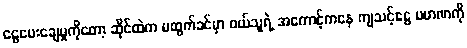
ငွေပေးချေမှုကိုတော့ ဆိုင်ထဲက မထွက်ခင်မှာ ဝယ်သူရဲ့ အကောင့်ကနေ ကျသင့်ငွေ ပမာဏကို